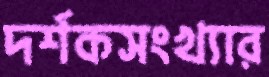
দর্শকসংখ্যার